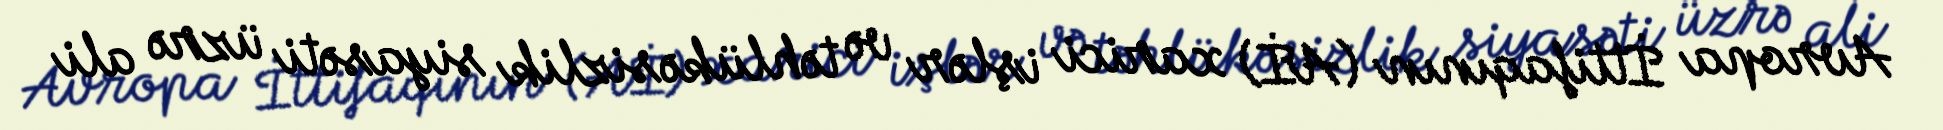
Avropa İttifaqının (Aİ) xarici işlər və təhlükəsizlik siyasəti üzrə ali